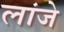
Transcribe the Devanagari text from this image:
लांजे